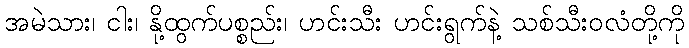
အမဲသား၊ ငါး၊ နို့ထွက်ပစ္စည်း၊ ဟင်းသီး ဟင်းရွက်နဲ့ သစ်သီးဝလံတို့ကို